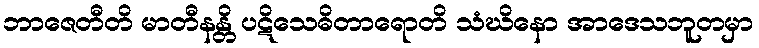
ဘာဇေတီတိ မာတီနန္တိ ပဋိသေဓိတာရောတိ သံဃိနော အာဒေသဘူတမှာ